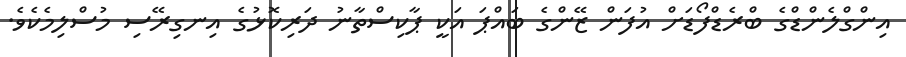
އިންގްލެންޑްގެ ބްރެޑްފޯޑަށް އުފަން ޒޭންގެ ބައްޕަ އަކީ ޕާކިސްތާނު ދަރިކޮޅުގެ އިނގިރޭސި މުސްލިމެކެވެ.